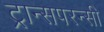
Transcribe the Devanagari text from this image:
ट्रान्सपरन्सी